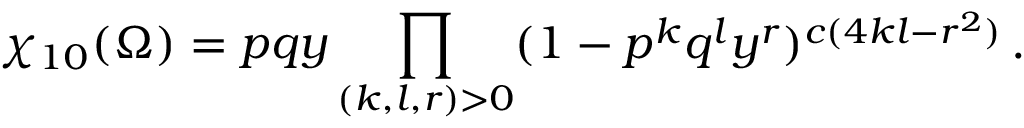
\chi _ { 1 0 } ( \Omega ) = p q y \prod _ { ( k , l , r ) > 0 } ( 1 - p ^ { k } q ^ { l } y ^ { r } ) ^ { c ( 4 k l - r ^ { 2 } ) } \, .